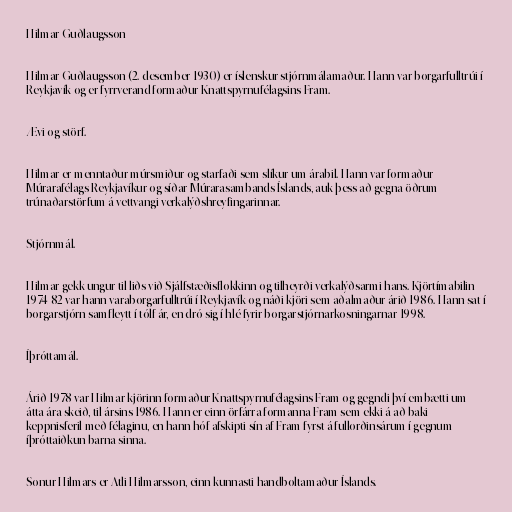
Hilmar Guðlaugsson

Hilmar Guðlaugsson (2. desember 1930) er íslenskur stjórnmálamaður. Hann var borgarfulltrúi í
Reykjavík og er fyrrverand formaður Knattspyrnufélagsins Fram.

Ævi og störf.

Hilmar er menntaður múrsmiður og starfaði sem slíkur um árabil. Hann var formaður
Múrarafélags Reykjavíkur og síðar Múrarasambands Íslands, auk þess að gegna öðrum
trúnaðarstörfum á vettvangi verkalýðshreyfingarinnar.

Stjórnmál.

Hilmar gekk ungur til liðs við Sjálfstæðisflokkinn og tilheyrði verkalýðsarmi hans. Kjörtímabilin
1974-82 var hann varaborgarfulltrúi í Reykjavík og náði kjöri sem aðalmaður árið 1986. Hann sat í
borgarstjórn samfleytt í tólf ár, en dró sig í hlé fyrir borgarstjórnarkosningarnar 1998.

Íþróttamál.

Árið 1978 var Hilmar kjörinn formaður Knattspyrnufélagsins Fram og gegndi því embætti um
átta ára skeið, til ársins 1986. Hann er einn örfárra formanna Fram sem ekki á að baki
keppnisferil með félaginu, en hann hóf afskipti sín af Fram fyrst á fullorðinsárum í gegnum
íþróttaiðkun barna sinna.

Sonur Hilmars er Atli Hilmarsson, einn kunnasti handboltamaður Íslands.